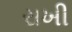
રાખી